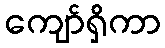
ကျော်ရှိကာ